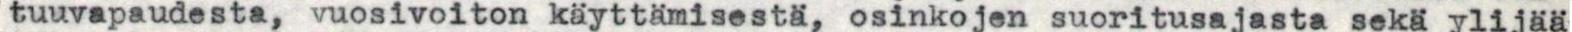
tuuvapaudesta, vuosivoiton käyttämisestä, osinkojen suoritusajasta sekä ylijää